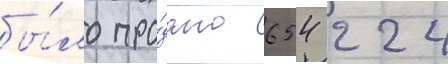
бы́ло про́дано 654 224